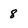
Character: 8